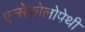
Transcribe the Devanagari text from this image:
एन्सेफोलोपेथी